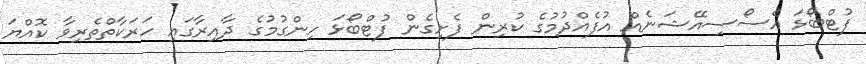
ފުޓްބޯޅަ އެސޯސިއޭޝަނެއް އުފެއްދުމުގެ ކުރިން ފެށިގެން ފުޓްބޯޅަ ހިންގުމުގެ ދާއިރާގައި ހަރަކާތްތެރިވާ ކޮއްޔަ